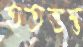
হতভম্ভ